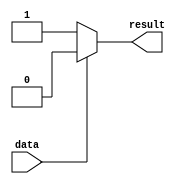
module simple_assign (
    input data,
    output reg result
);

always @* begin
    if (data == 1'b1) begin
        result = 1'b0;
    end else begin
        result = 1'b1;
    end
end

endmodule